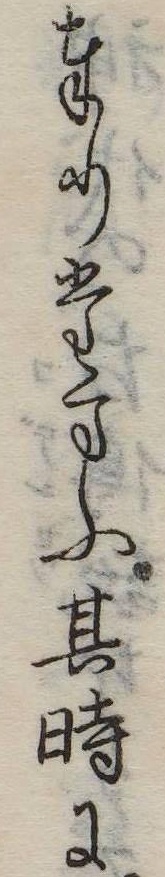
奉りたまふ其時に